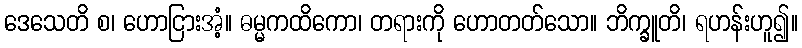
ဒေသေတိ စ၊ ဟောငြားအံ့။ ဓမ္မကထိကော၊ တရားကို ဟောတတ်သော။ ဘိက္ခူတိ၊ ရဟန်းဟူ၍။